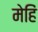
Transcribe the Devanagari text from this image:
मेहिं